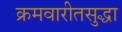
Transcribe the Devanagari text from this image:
क्रमवारीतसुद्धा